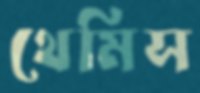
থেমিস